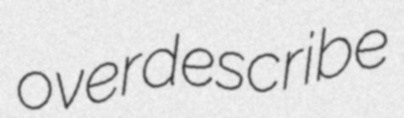
overdescribe